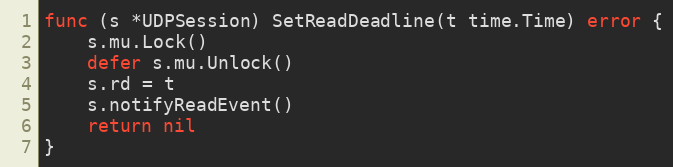
Language: Go
func (s *UDPSession) SetReadDeadline(t time.Time) error {
	s.mu.Lock()
	defer s.mu.Unlock()
	s.rd = t
	s.notifyReadEvent()
	return nil
}